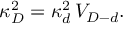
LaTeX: \kappa _ { D } ^ { 2 } = \kappa _ { d } ^ { 2 } \, V _ { D - d } .